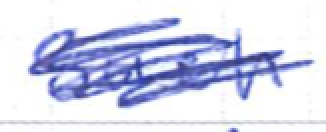
Text: such
Cross-out: scratch
Writing tool: ballpoint